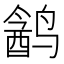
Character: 𱊣